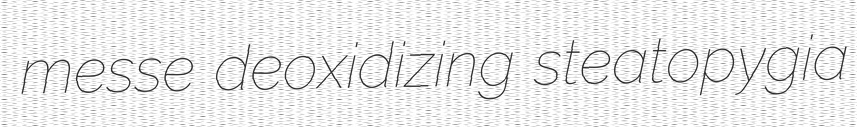
messe deoxidizing steatopygia